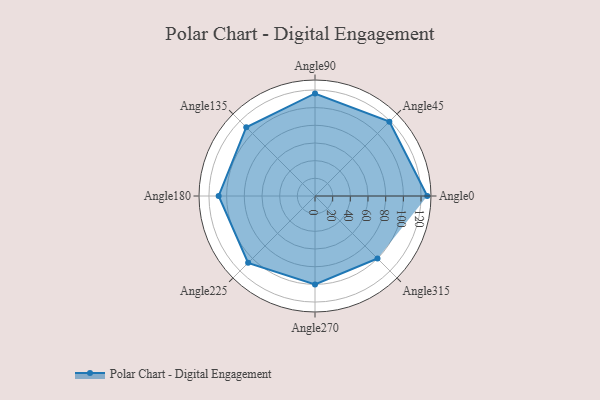
{"axis": {"x": "Angle", "y": "Radius"}, "legend": [""], "data": [{"x": "Angle0", "y": 127.0, "type": ""}, {"x": "Angle45", "y": 119.0, "type": ""}, {"x": "Angle90", "y": 116.0, "type": ""}, {"x": "Angle135", "y": 110.0, "type": ""}, {"x": "Angle180", "y": 109.0, "type": ""}, {"x": "Angle225", "y": 107.0, "type": ""}, {"x": "Angle270", "y": 100.0, "type": ""}, {"x": "Angle315", "y": 100.0, "type": ""}]}